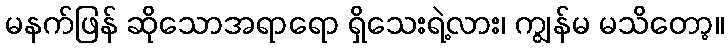
မနက်ဖြန် ဆိုသောအရာရော ရှိသေးရဲ့လား၊ ကျွန်မ မသိတော့။